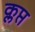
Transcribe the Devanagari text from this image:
क्लप्त